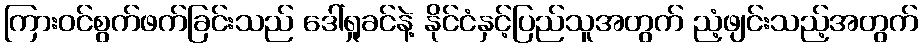
ကြားဝင်စွက်ဖက်ခြင်းသည် ဒေါ်ရှုခင်နဲ့ နိုင်ငံနှင့်ပြည်သူအတွက် ညံ့ဖျင်းသည့်အတွက်